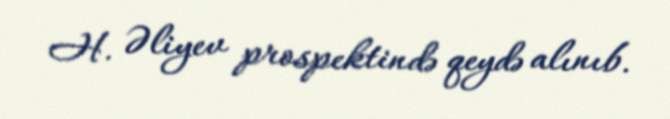
H. Əliyev prospektində qeydə alınıb.